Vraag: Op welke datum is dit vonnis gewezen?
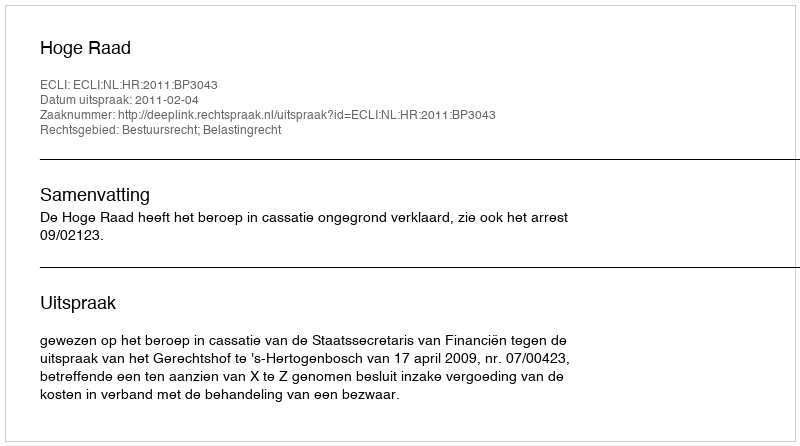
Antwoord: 2011-02-04